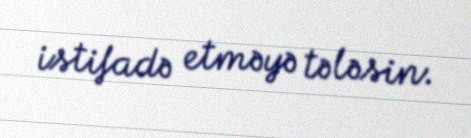
istifadə etməyə tələsin.